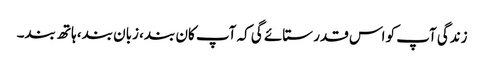
زندگی آپ کو اس قدر ستائے گی کہ آپ کان بند، زبان بند، ہاتھ بند۔